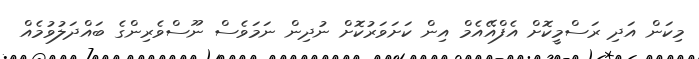
މިކަން އަދި ރަސްމީކޮށް އެފްއޭއެމް އިން ކަށަވަރުކޮށް ނުދިން ނަމަވެސް ނޫސްވެރިންގެ ބައްދަލުވުމެއް